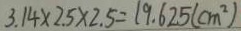
3 . 1 4 \times 2 . 5 \times 2 . 5 = 1 9 . 6 2 5 ( c m ^ { 2 } )